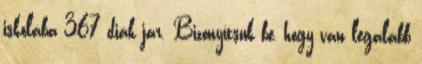
iskolába 367 diák jár. Bizonyítsuk be, hogy van legalább